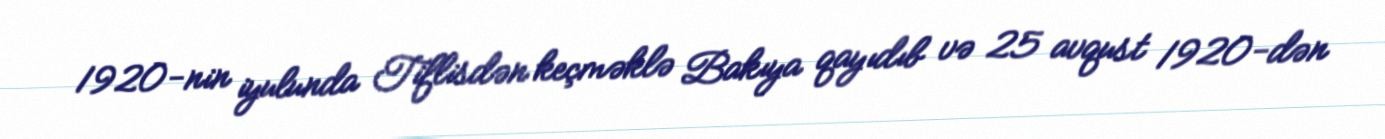
1920-nin iyulunda Tiflisdən keçməklə Bakıya qayıdıb və 25 avqust 1920-dən